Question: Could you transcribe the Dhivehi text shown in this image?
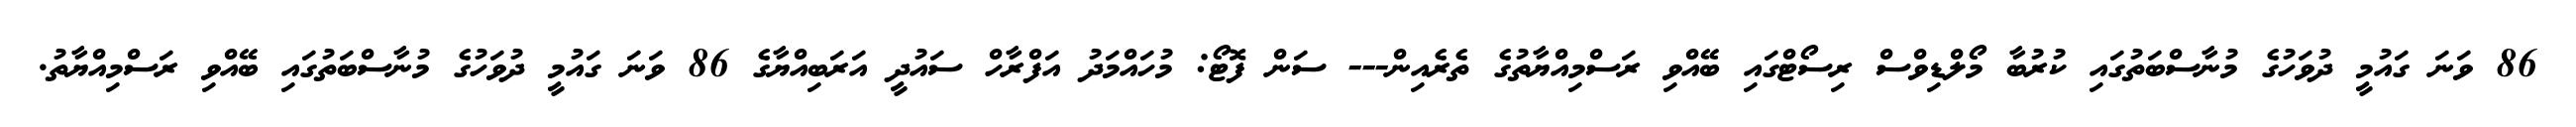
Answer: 86 ވަނަ ގައުމީ ދުވަހުގެ މުނާސްބަތުގައި ކުރުބާ މޯލްޑިވްސް ރިސޯޓްގައި ބޭއްވި ރަސްމިއްޔާތުގެ ތެރެއިން--- ސަން ފޮޓޯ: މުހައްމަދު އަފްރާހް ސައުދީ އަރަބިއްޔާގެ 86 ވަނަ ގައުމީ ދުވަހުގެ މުނާސްބަތުގައި ބޭއްވި ރަސްމިއްޔާތު.